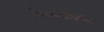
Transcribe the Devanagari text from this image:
फिलोसोफीस